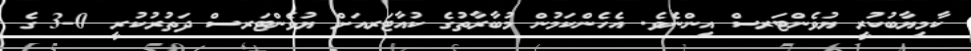
ކާމިޔާބުކުރީ ޔުވެންޓަރސް އިންނެވެ. އެހެންކަމުން މުބާރާތުގެ ކުއާޓަރއަށް ޔުވެންޓަރސް ދަތުރުކުރީ 0-3 ގެ